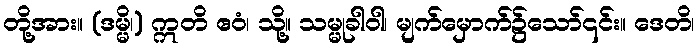
တို့အား။ (ဒမ္မိ၊) ဣတိ ဧဝံ၊ သို့။ သမ္မုခါဝါ၊ မျက်မှောက်၌သော်၎င်း။ ဒေတိ၊